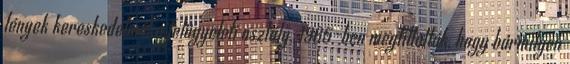
lények kereskedelmét a felügyeleti osztály. 1965-ben megtiltották, hogy bármilyen